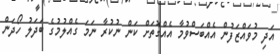
އަދި މުވައްޒަފުން އެއްބަސްވުމާ އެއްގޮތަށް ކަން ނުކުރާ ނަމަ ގެއްލުމުގެ ބަދަލު ހޯދަން